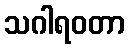
သဂါရဝတာ